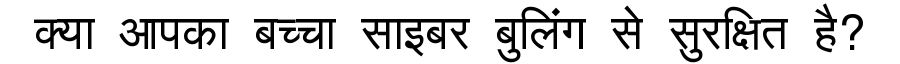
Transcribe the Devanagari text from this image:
क्या आपका बच्चा साइबर बुलिंग से सुरक्षित है?